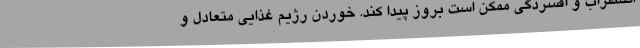
اضطراب و افسردگی ممکن است بروز پیدا کند. خوردن رژیم غذایی متعادل و